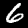
Digit: 6